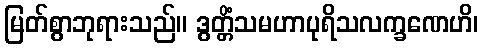
မြတ်စွာဘုရားသည်။ ဒွတ္တိံသမဟာပုရိသလက္ခဏေဟိ၊